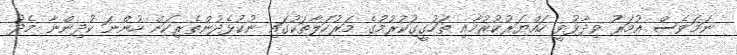
ނަމަވެސް އުމަރު ވިދާޅުވީ ހައްޔަރުކުރުމާއި ތަހުގީގުކުރުމުގެ މަރުހަލާތަކުގައި ނުކުޅެދުންތެރިކަން ހުންނަ ކުދިންނާ މެދު